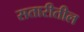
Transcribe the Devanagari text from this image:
सतारीतील